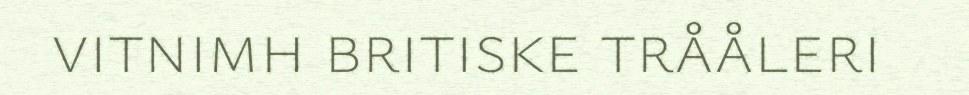
vitnimh britiske trååleri